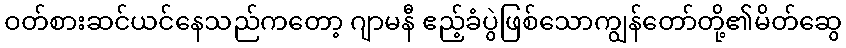
ဝတ်စားဆင်ယင်နေသည်ကတော့ ဂျာမနီ ဧည့်ခံပွဲဖြစ်သောကျွန်တော်တို့၏မိတ်ဆွေ